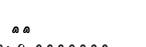
٣٤